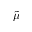
\tilde { \mu }